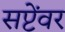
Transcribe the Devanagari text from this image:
सप्टेंवर